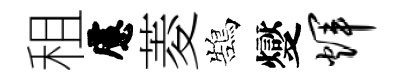
租慮菱鵠燮辉